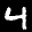
Digit: 4